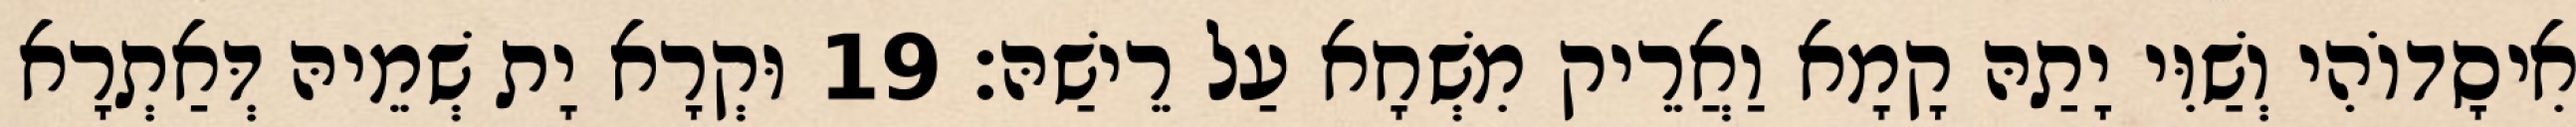
אִיסָדוֹהִי וְשַׁוִּי יָתַהּ קָמָא וַאֲרֵיק מִשְׁחָא עַל רֵישַׁהּ׃ 19 וּקְרָא יָת שְׁמֵיהּ דְּאַתְרָא